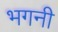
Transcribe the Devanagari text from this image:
भगनी